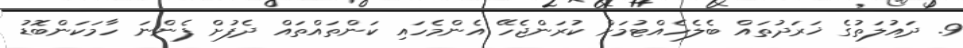
9. ދައުލަތުގެ ޚަރަދުތައް ބެލެހެއްޓުމަށް ކުރަންޖެހޭ އެންމެހައި ކަންތައްތައް ދެފުށް ފެންނަ ހާމަކަންބޮޑު